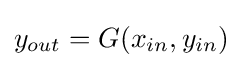
y_{out}=G(x_{in},y_{in})